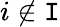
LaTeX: i\notin\mathtt{I}